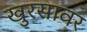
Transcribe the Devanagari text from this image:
खुरसावर